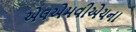
એલએમવીએચના